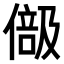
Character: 𠍭